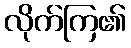
လိုက်ကြ၏